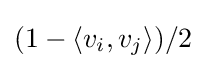
(1-\langle v_{i},v_{j}\rangle )/{2}